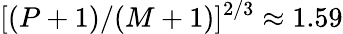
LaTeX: [(P+1)/(M+1)]^{2/3}\approx 1.59